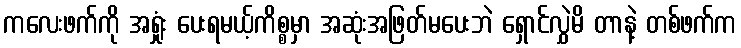
ကလေးဖက်ကို အရှုံး ပေးရမယ့်ကိစ္စမှာ အဆုံးအဖြတ်မပေးဘဲ ရှောင်လွှဲမိ တာနဲ့ တစ်ဖက်က